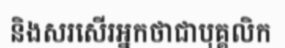
និងសរសើរអ្នកថាជាបុគ្គលិក